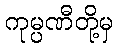
ကုမ္ပဏီတို့မှ